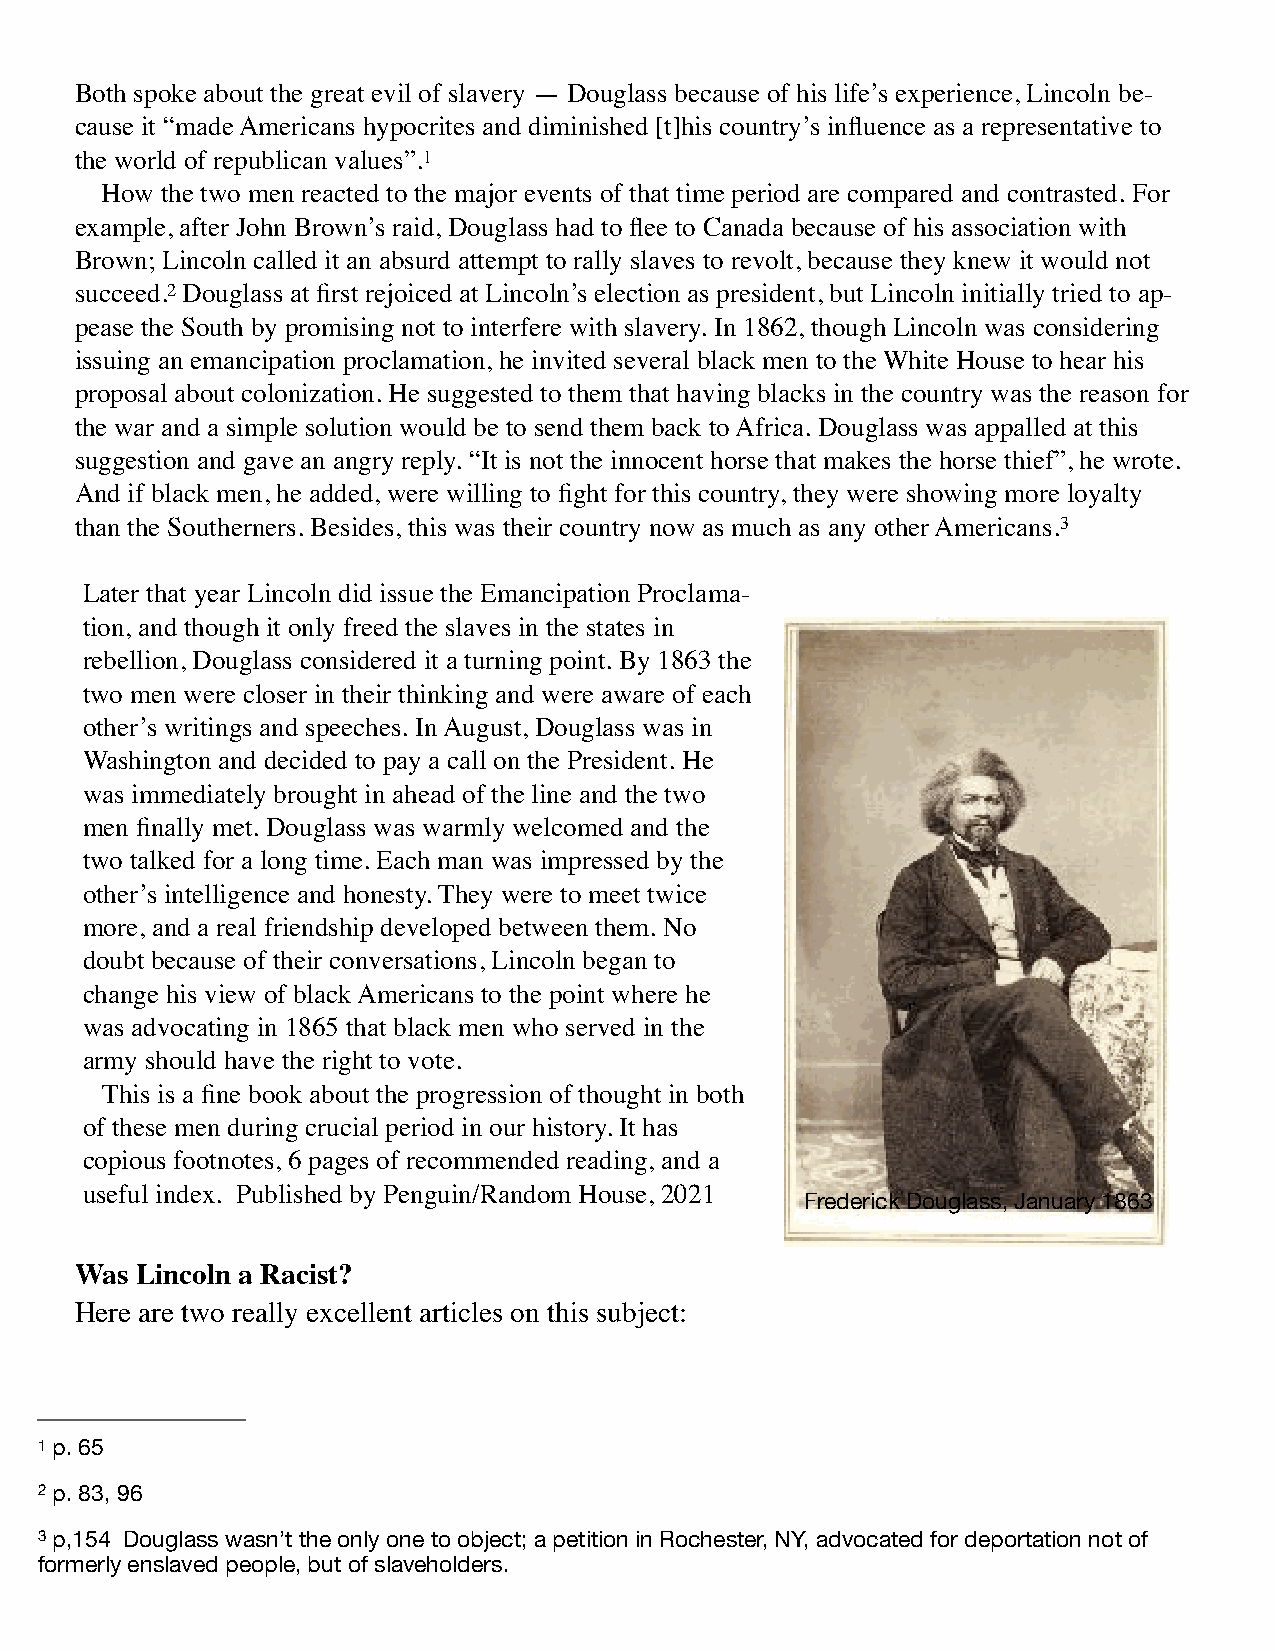
Both spoke about the great evil of slavery — Douglass because of his life’s experience, Lincoln be-
 cause it “made Americans hypocrites and diminished [t]his country’s influence as a representative to
 the world of republican values”.1
 How the two men reacted to the major events of that time period are compared and contrasted. For
 example, after John Brown’s raid, Douglass had to flee to Canada because of his association with
 Brown; Lincoln called it an absurd attempt to rally slaves to revolt, because they knew it would not
 succeed.2 Douglass at first rejoiced at Lincoln’s election as president, but Lincoln initially tried to ap-
 pease the South by promising not to interfere with slavery. In 1862, though Lincoln was considering
 issuing an emancipation proclamation, he invited several black men to the White House to hear his
 proposal about colonization. He suggested to them that having blacks in the country was the reason for
 the war and a simple solution would be to send them back to Africa. Douglass was appalled at this
 suggestion and gave an angry reply. “It is not the innocent horse that makes the horse thief”, he wrote.
 And if black men, he added, were willing to fight for this country, they were showing more loyalty
 than the Southerners. Besides, this was their country now as much as any other Americans.3
 Later that year Lincoln did issue the Emancipation Proclama-
 tion, and though it only freed the slaves in the states in
 rebellion, Douglass considered it a turning point. By 1863 the
 two men were closer in their thinking and were aware of each
 other’s writings and speeches. In August, Douglass was in
 Washington and decided to pay a call on the President. He
 was immediately brought in ahead of the line and the two
 men finally met. Douglass was warmly welcomed and the
 two talked for a long time. Each man was impressed by the
 other’s intelligence and honesty. They were to meet twice
 more, and a real friendship developed between them. No
 doubt because of their conversations, Lincoln began to
 change his view of black Americans to the point where he
 was advocating in 1865 that black men who served in the
 army should have the right to vote.
 This is a fine book about the progression of thought in both
 of these men during crucial period in our history. It has
 copious footnotes, 6 pages of recommended reading, and a
 useful index. Published by Penguin/Random House, 2021
 Frederick Douglass, January 1863
 Was Lincoln a Racist?
 Here are two really excellent articles on this subject:
 1 p. 65
 2 p. 83, 96
 3 p,154 Douglass wasn’t the only one to object; a petition in Rochester, NY, advocated for deportation not of
 formerly enslaved people, but of slaveholders.